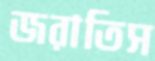
জরাতিস